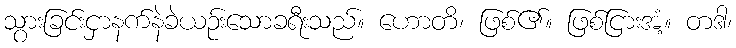
သွားခြင်းငှာနက်နဲခဲယဉ်းသောခရီးသည်။ ဟောတိ၊ ဖြစ်၏။ ဖြစ်ငြားအံ့။ တဒါ၊